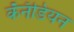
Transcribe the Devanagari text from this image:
कॅनॅडियन